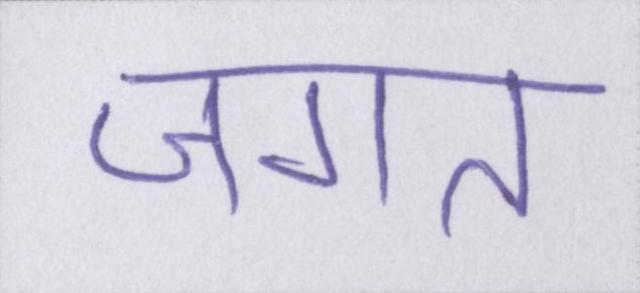
जगत